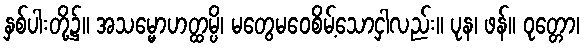
နှစ်ပါးတို့၌။ အသမ္မောဟတ္ထမ္ပိ၊ မတွေမဝေစိမ့်သောငှါလည်း။ ပုန၊ ဖန်။ ဝုတ္တော၊